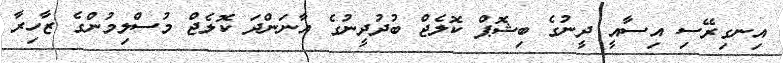
އިނގިރޭސި އިސާއީ ދީނުގެ ބިޝޮޕް ކޮލެޖް ބުދުދީނުގެ އާނަންދަ ކޮލެޖް މުސްލިމުންގެ ޒާހިރާ